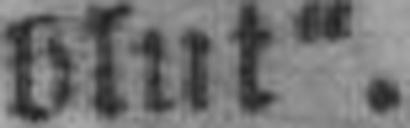
blut“.